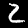
Label: 2